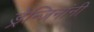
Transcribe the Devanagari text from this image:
ड्रेन्जिनांनी